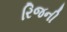
રિજની